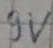
Text: 9V